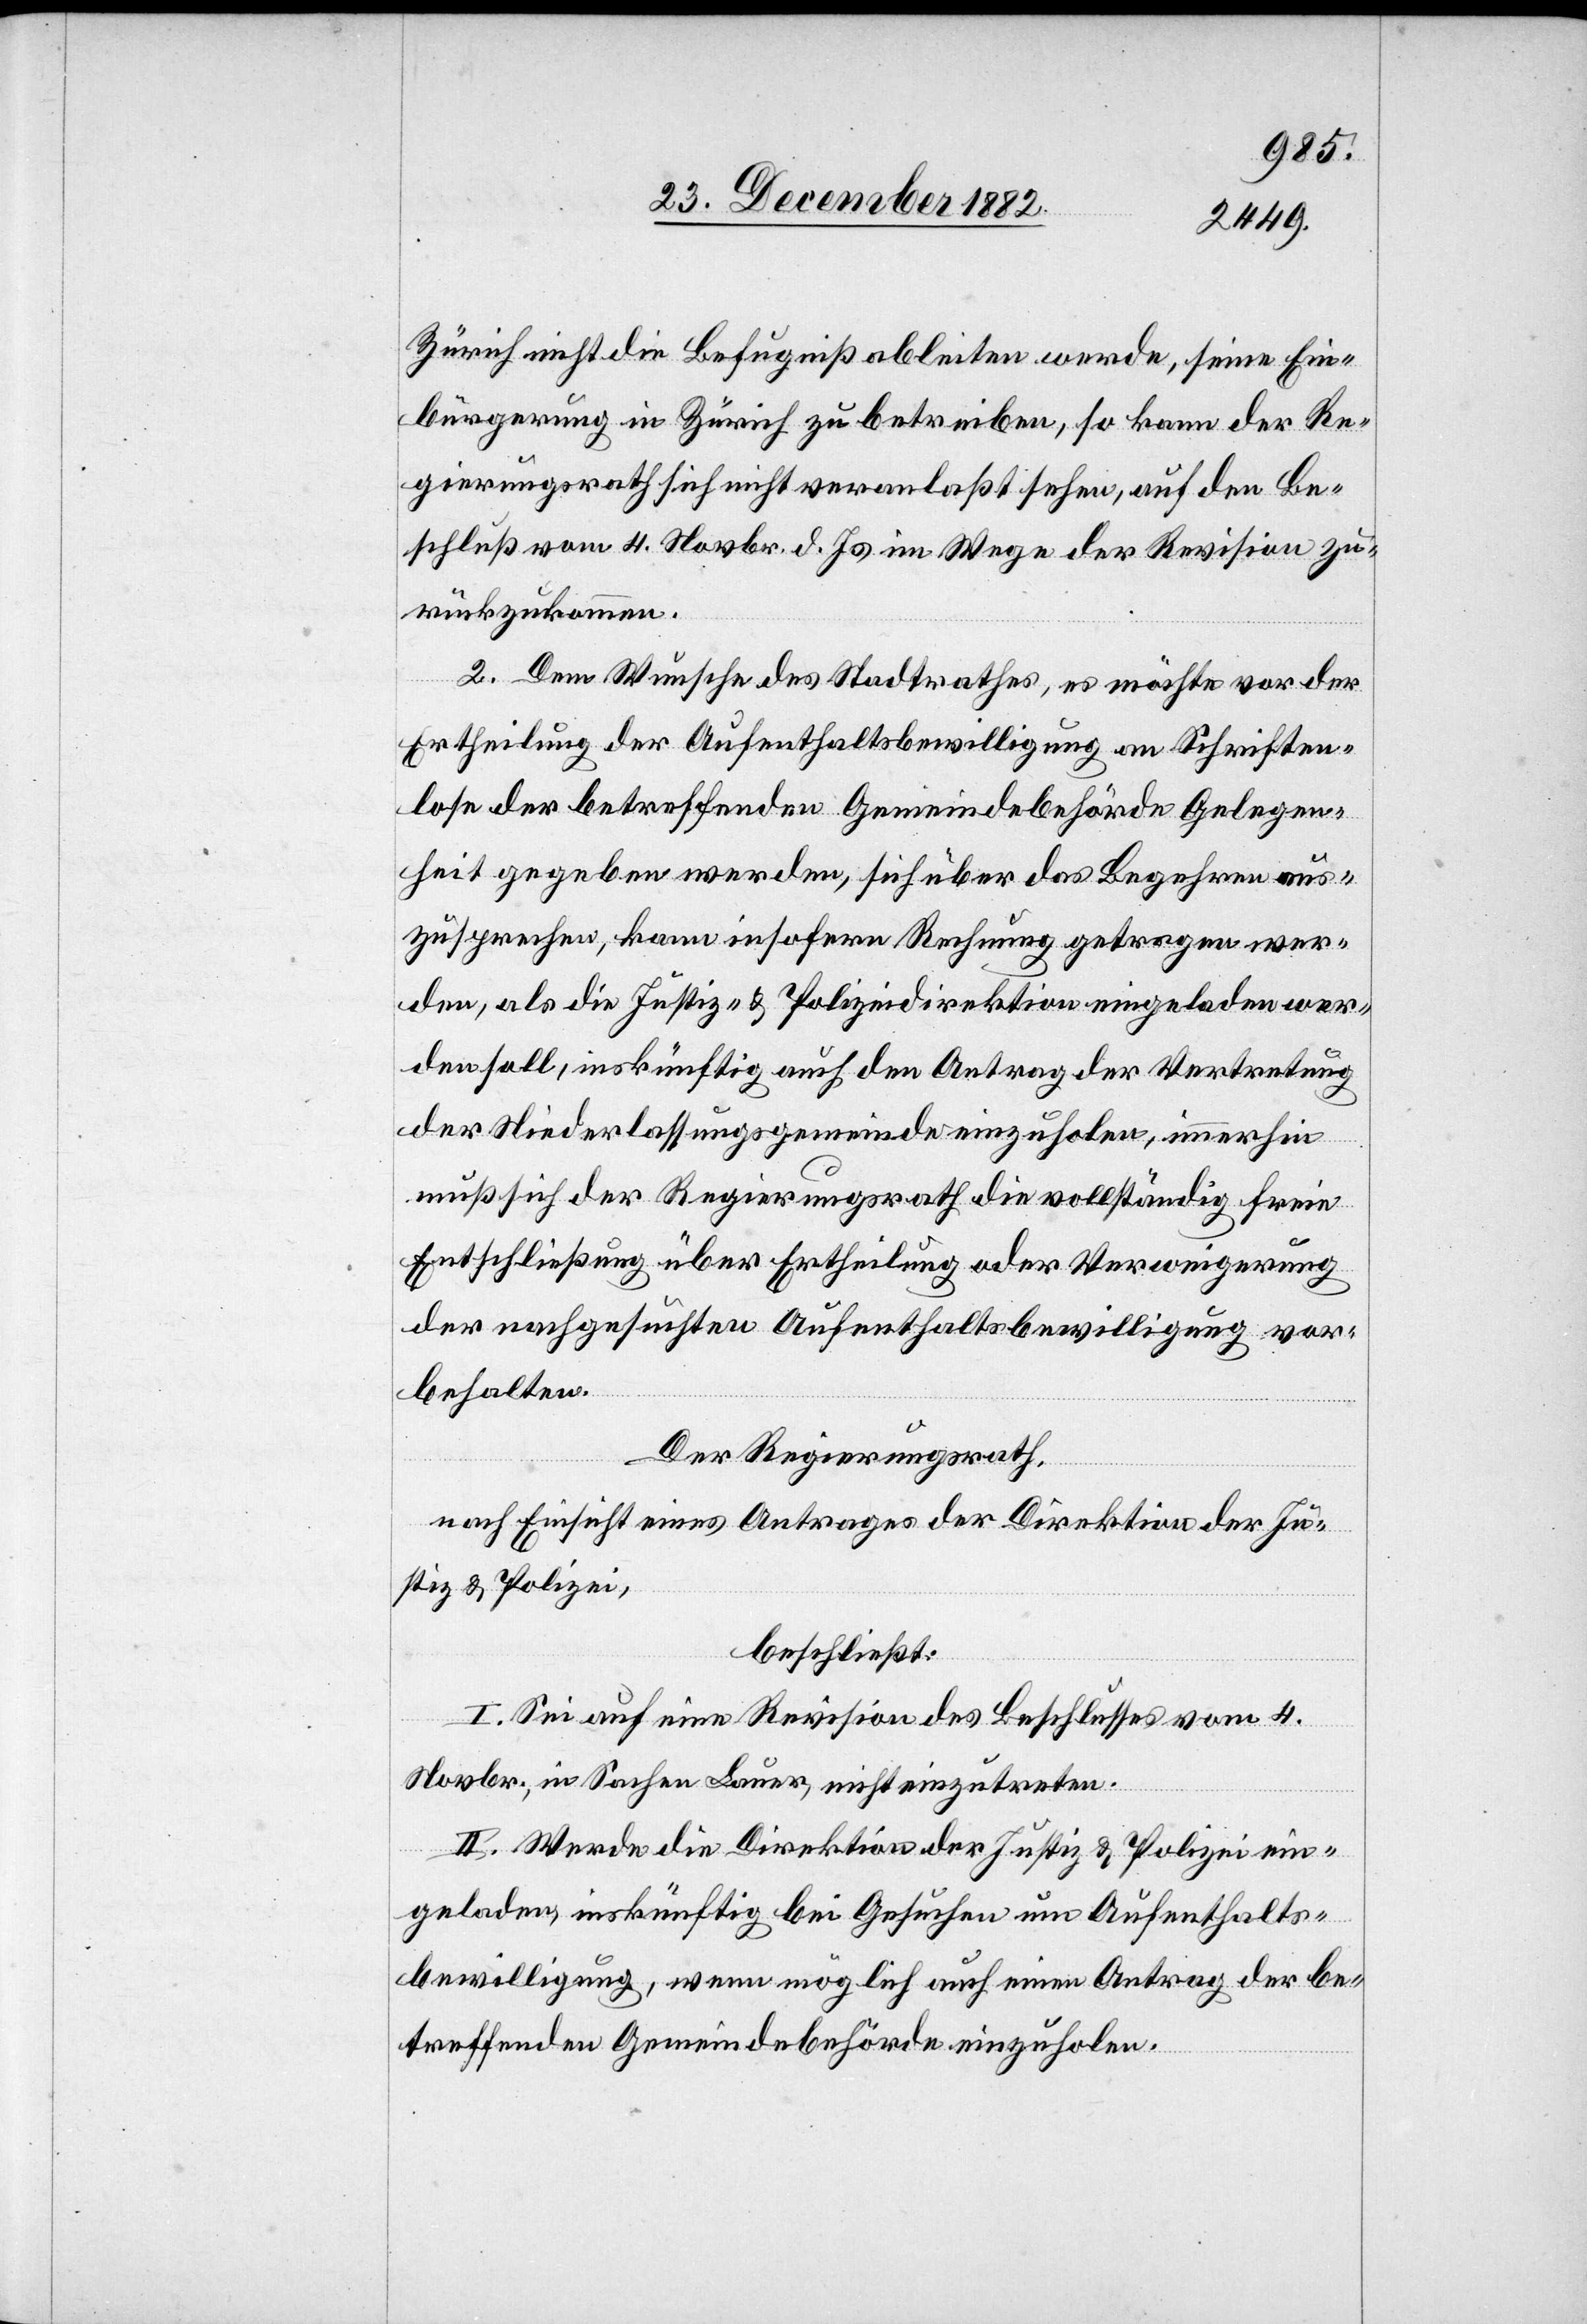
Zürich nicht die Befugniß ableiten werde, seine Ein¬
bürgerung in Zürich zu betreiben, so kann der Re¬
gierungsrath sich nicht veranlaßt sehen, auf den Be¬
schluß vom 4. Novbr. d. Js. im Wege der Revision zu¬
rückzukommen.
2. Dem Wunsche des Stadtrathes, es möchte vor der
Ertheilung der Aufenthaltsbewilligung an Schriften¬
lose der betreffenden Gemeindebehörde Gelegen¬
heit gegeben werden, sich über das Begehren aus¬
zusprechen, kann insofern Rechnung getragen wer¬
den, als die Justiz- & Polizeidirektion eingeladen wer¬
den soll, inskünftig auch den Antrag der Vertretung
der Niederlassungsgemeinde einzuholen, immerhin
muß sich der Regierungsrath die vollständig freie
Entschließung über Ertheilung oder Verweigerung
der nachgesuchten Aufenthaltsbewilligung vor¬
behalten.
Der Regierungsrath,
Justiz & Polizei,
beschließt:
I. Sei auf eine Revision des Beschlusses vom 4.
Novbr., in Sachen Lauer, nicht einzutreten.
II. Werde die Direktion der Justiz & Polizei ein¬
geladen, inskünftig bei Gesuchen um Aufenthalts¬
bewilligung, wenn möglich auch einen Antrag der be¬
treffenden Gemeindebehörde einzuholen.